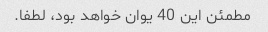
مطمئن این 40 یوان خواهد بود، لطفا.